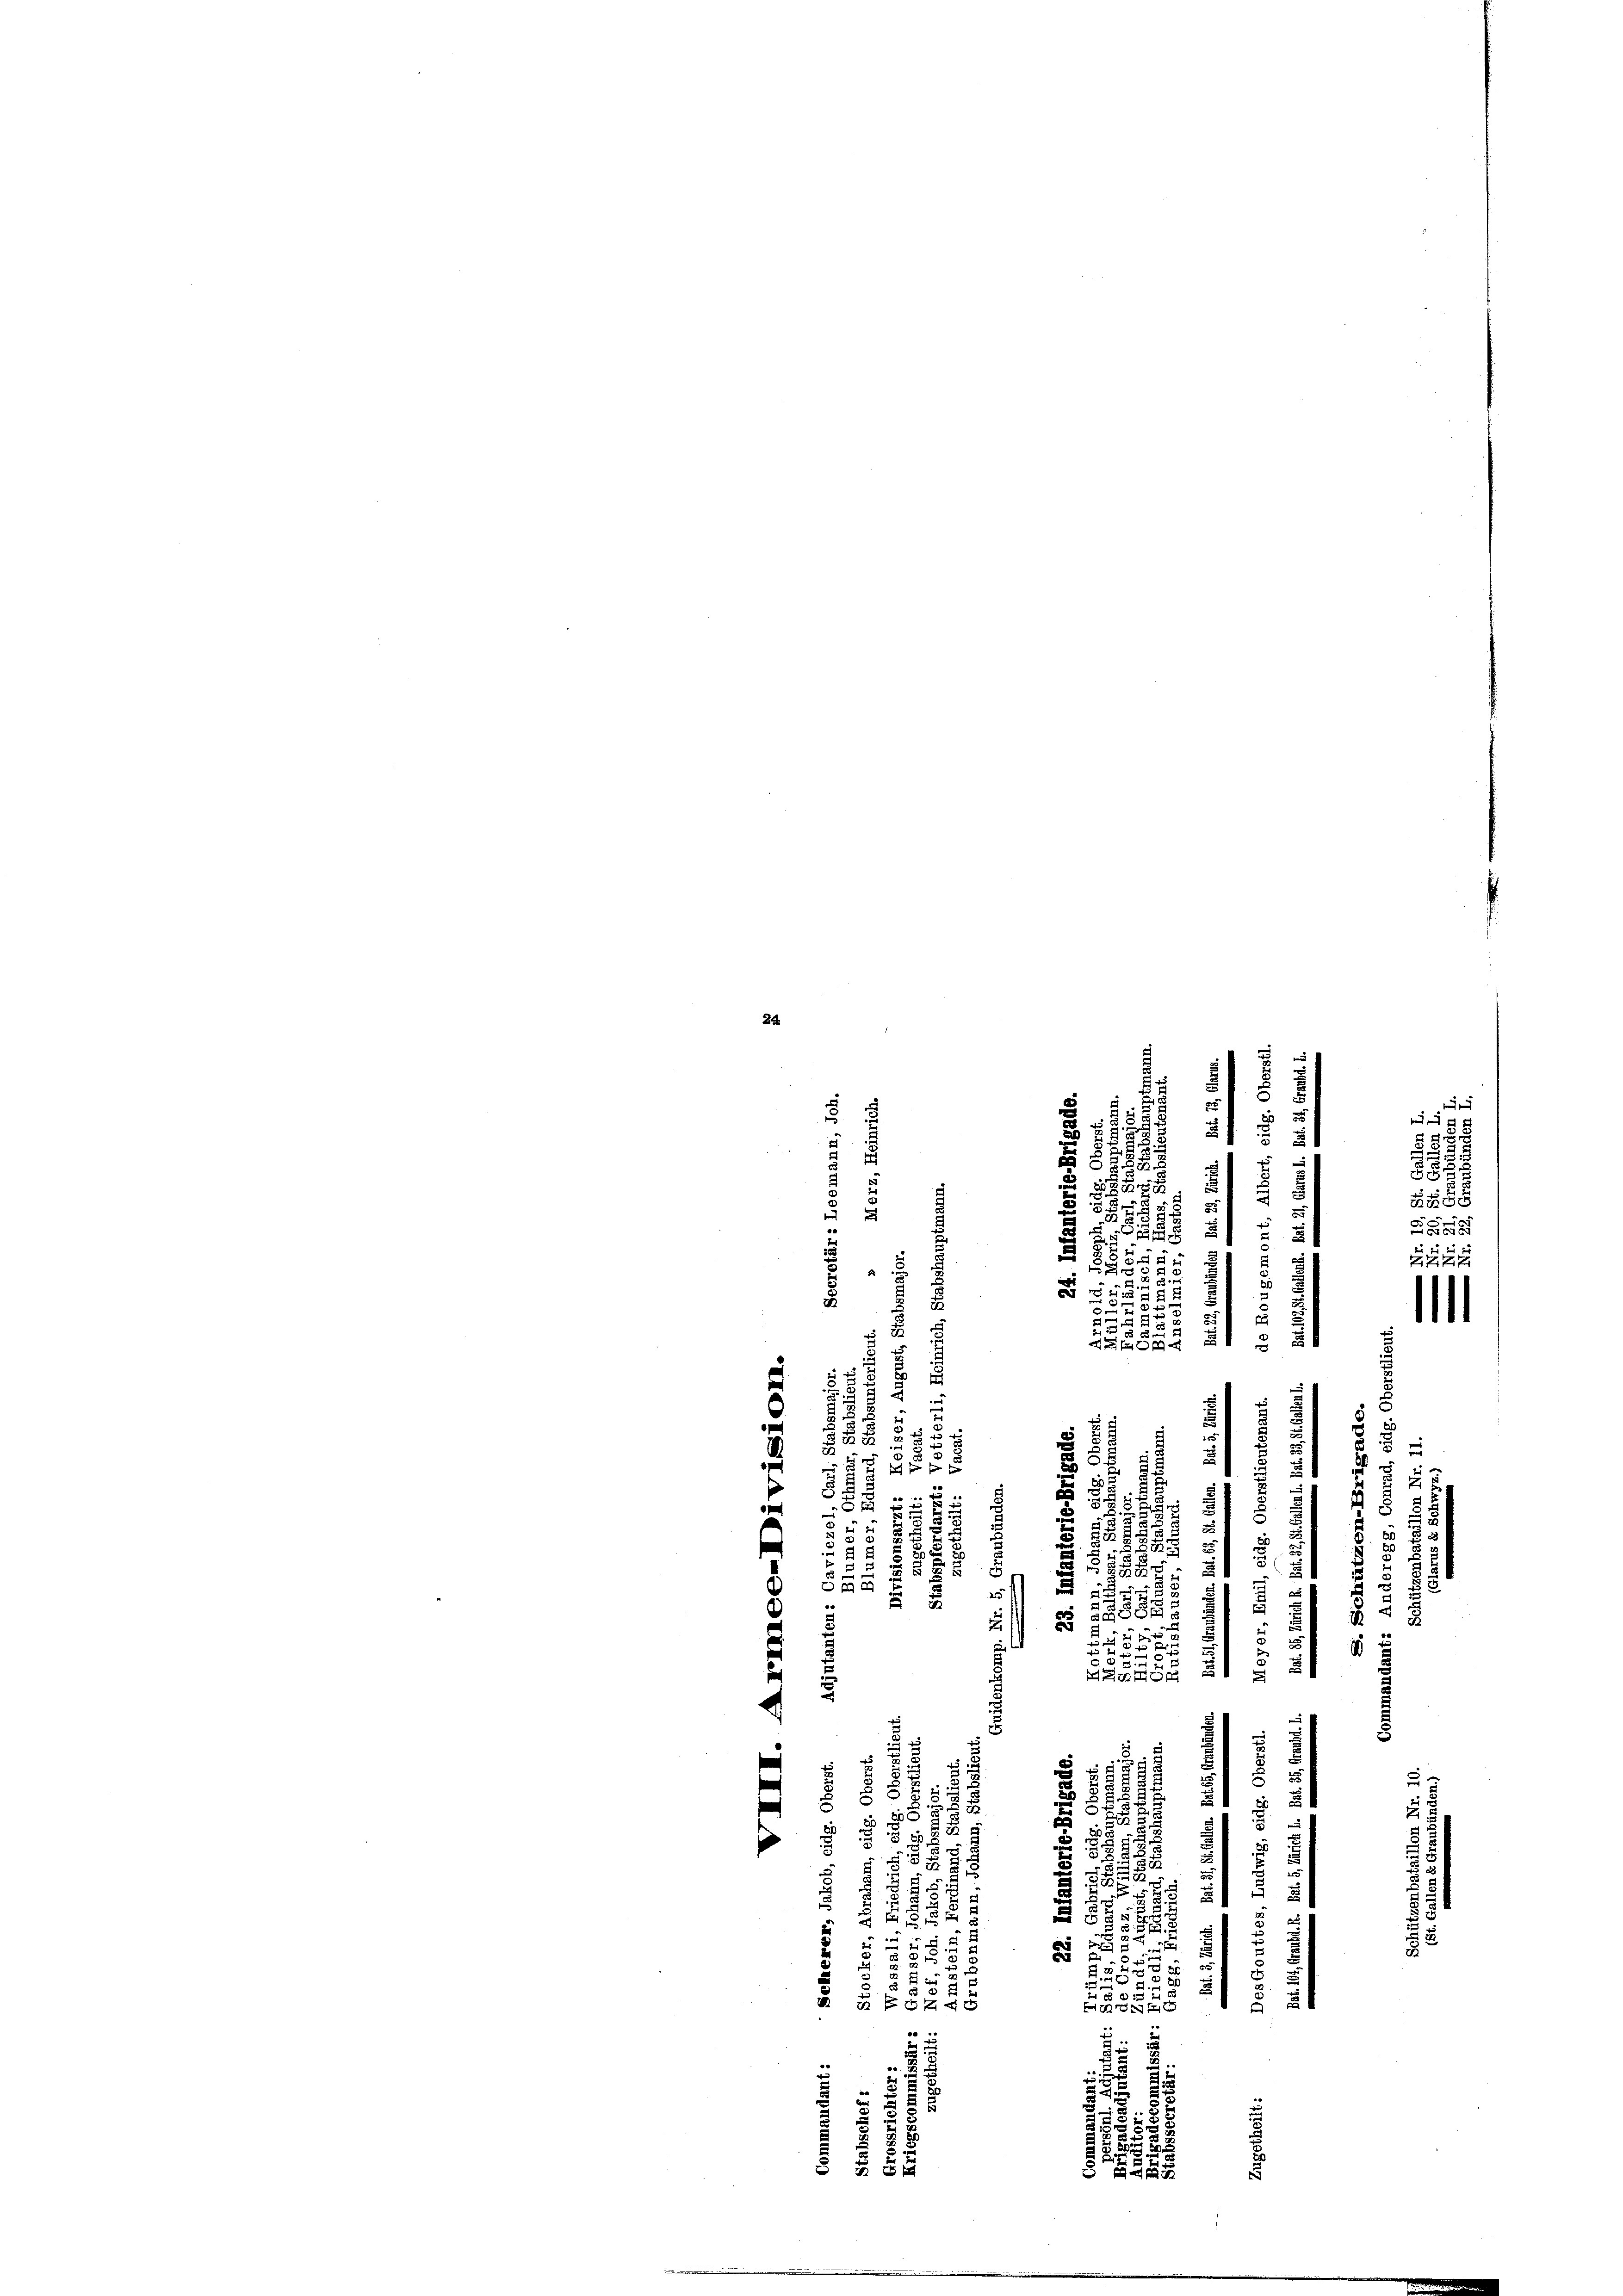
24
5

25

d

u

8
5
e
.
2

u
d
3
de
2
i
2

2
25
2
5
2
e
a

 8
Fr
u
1 u 2
2
u
.
.
5
5 B
2 x
 x
5
.
25
5:

¬
.

4 f 0 x
.
e
e
d
.
.
2
f
e
2
E
.

5
u

5.
8

 552
u
i
x
2
A
25
u

.

55
2
.
e
u

15
 f 0 x
d
6
u
MG 1
d
  xx
e
2
§ 55 f
E
d
5
1
u

n

2
2
8

und
2
d

r
.

u
t
2

s
22
n
5

u
u

2
 54 x

 4
u
.
e

g

57 x
55
2
e
 2 x
S 27

.

e

2 45 x

e
a 8 x
E

ZZZZ

1